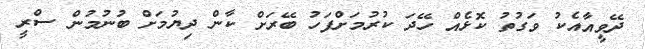
ދޭވީއާއެކު ވަގުތު ކޮޅެއް ހޭދަ ކުރުމަށްފަހު ބޭރަށް ކާން ދިޔުމަށް ބުނުމުން ސްރީ